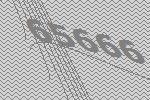
65666